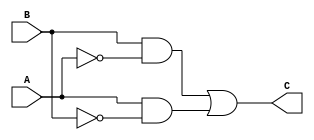
module circuit7 (input A, B, output C);
    wire W;
    // W = AB
    wire X;
    // X = B'
    wire Y;
    // Y = A'
    wire Z;
    // Z = A'B

    not (X,B);
    not (Y,A);
    and (W,A,X);
    and (Z,B,Y);
    or (C,Z,W);
    
endmodule